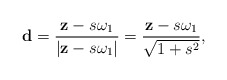
\begin{align*} \mathbf d=\frac{\mathbf z-s\omega_1}{\vert \mathbf z-s\omega_1 \vert}=\frac{\mathbf z-s\omega_1}{\sqrt{1+s^2}}, \end{align*}